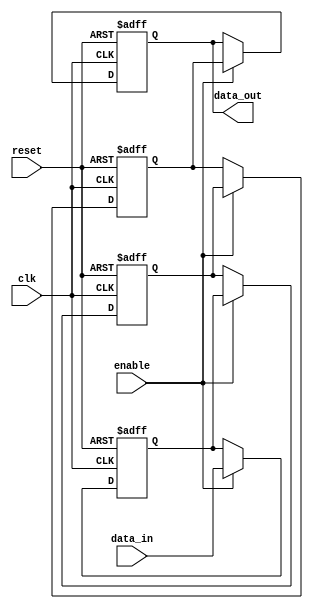
module multistage_register (
    input wire clk,              // Clock signal
    input wire reset,            // Reset signal
    input wire enable,           // Enable signal for loading data
    input wire [7:0] data_in,    // Input data (8-bit for this example)
    output reg [7:0] data_out     // Output data from the last stage
);
    // Internal registers for each stage
    reg [7:0] R1;
    reg [7:0] R2;
    reg [7:0] R3;

    // Always block for sequential logic
    always @(posedge clk or posedge reset) begin
        if (reset) begin
            // Clear all registers on reset
            R1 <= 8'd0;
            R2 <= 8'd0;
            R3 <= 8'd0;
            data_out <= 8'd0;
        end else if (enable) begin
            // Shift data from R1 to R2 and R2 to R3
            R3 <= R2;        // Move R2 data to R3
            R2 <= R1;        // Move R1 data to R2
            R1 <= data_in;   // Load new data into R1
            data_out <= R3;  // Output from the last stage
        end
    end
endmodule